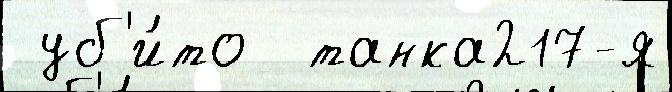
 уб'и́то  танка217-я